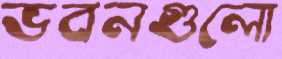
ভবনগুলো